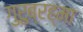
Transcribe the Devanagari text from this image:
गुरुब्रह्मा